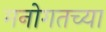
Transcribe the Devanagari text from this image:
मनोगतच्या